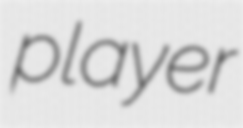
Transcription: player